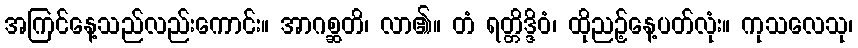
အကြင်နေ့သည်လည်းကောင်း။ အာဂစ္ဆတိ၊ လာ၏။ တံ ရတ္တိဒ္ဒိဝံ၊ ထိုညဉ့်နေ့ပတ်လုံး။ ကုသလေသု၊